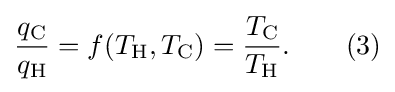
{\frac {q_{\text{C}}}{q_{\text{H}}}}=f(T_{\text{H}},T_{\text{C}})={\frac {T_{\text{C}}}{T_{\text{H}}}}.\qquad (3)